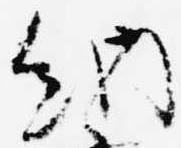
納